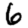
Digit: 6